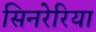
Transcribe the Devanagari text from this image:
सिनरेरिया